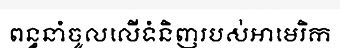
ពន្ធនាំចូលលើទំនិញរបស់អាមេរិក